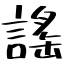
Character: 謠